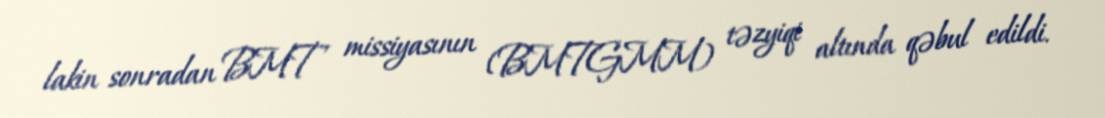
lakin sonradan BMT missiyasının (BMTGMM) təzyiqi altında qəbul edildi.